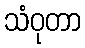
သံဝုတာ